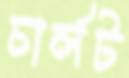
চার্লট